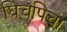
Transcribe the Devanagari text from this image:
घिचपिचा